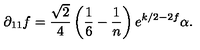
\partial _ { 1 1 } f = \frac { \sqrt { 2 } } { 4 } \left( \frac { 1 } { 6 } - \frac { 1 } { n } \right) e ^ { k / 2 - 2 f } \alpha .